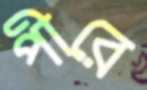
পীরে